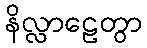
နိလ္လာဠေတွာ